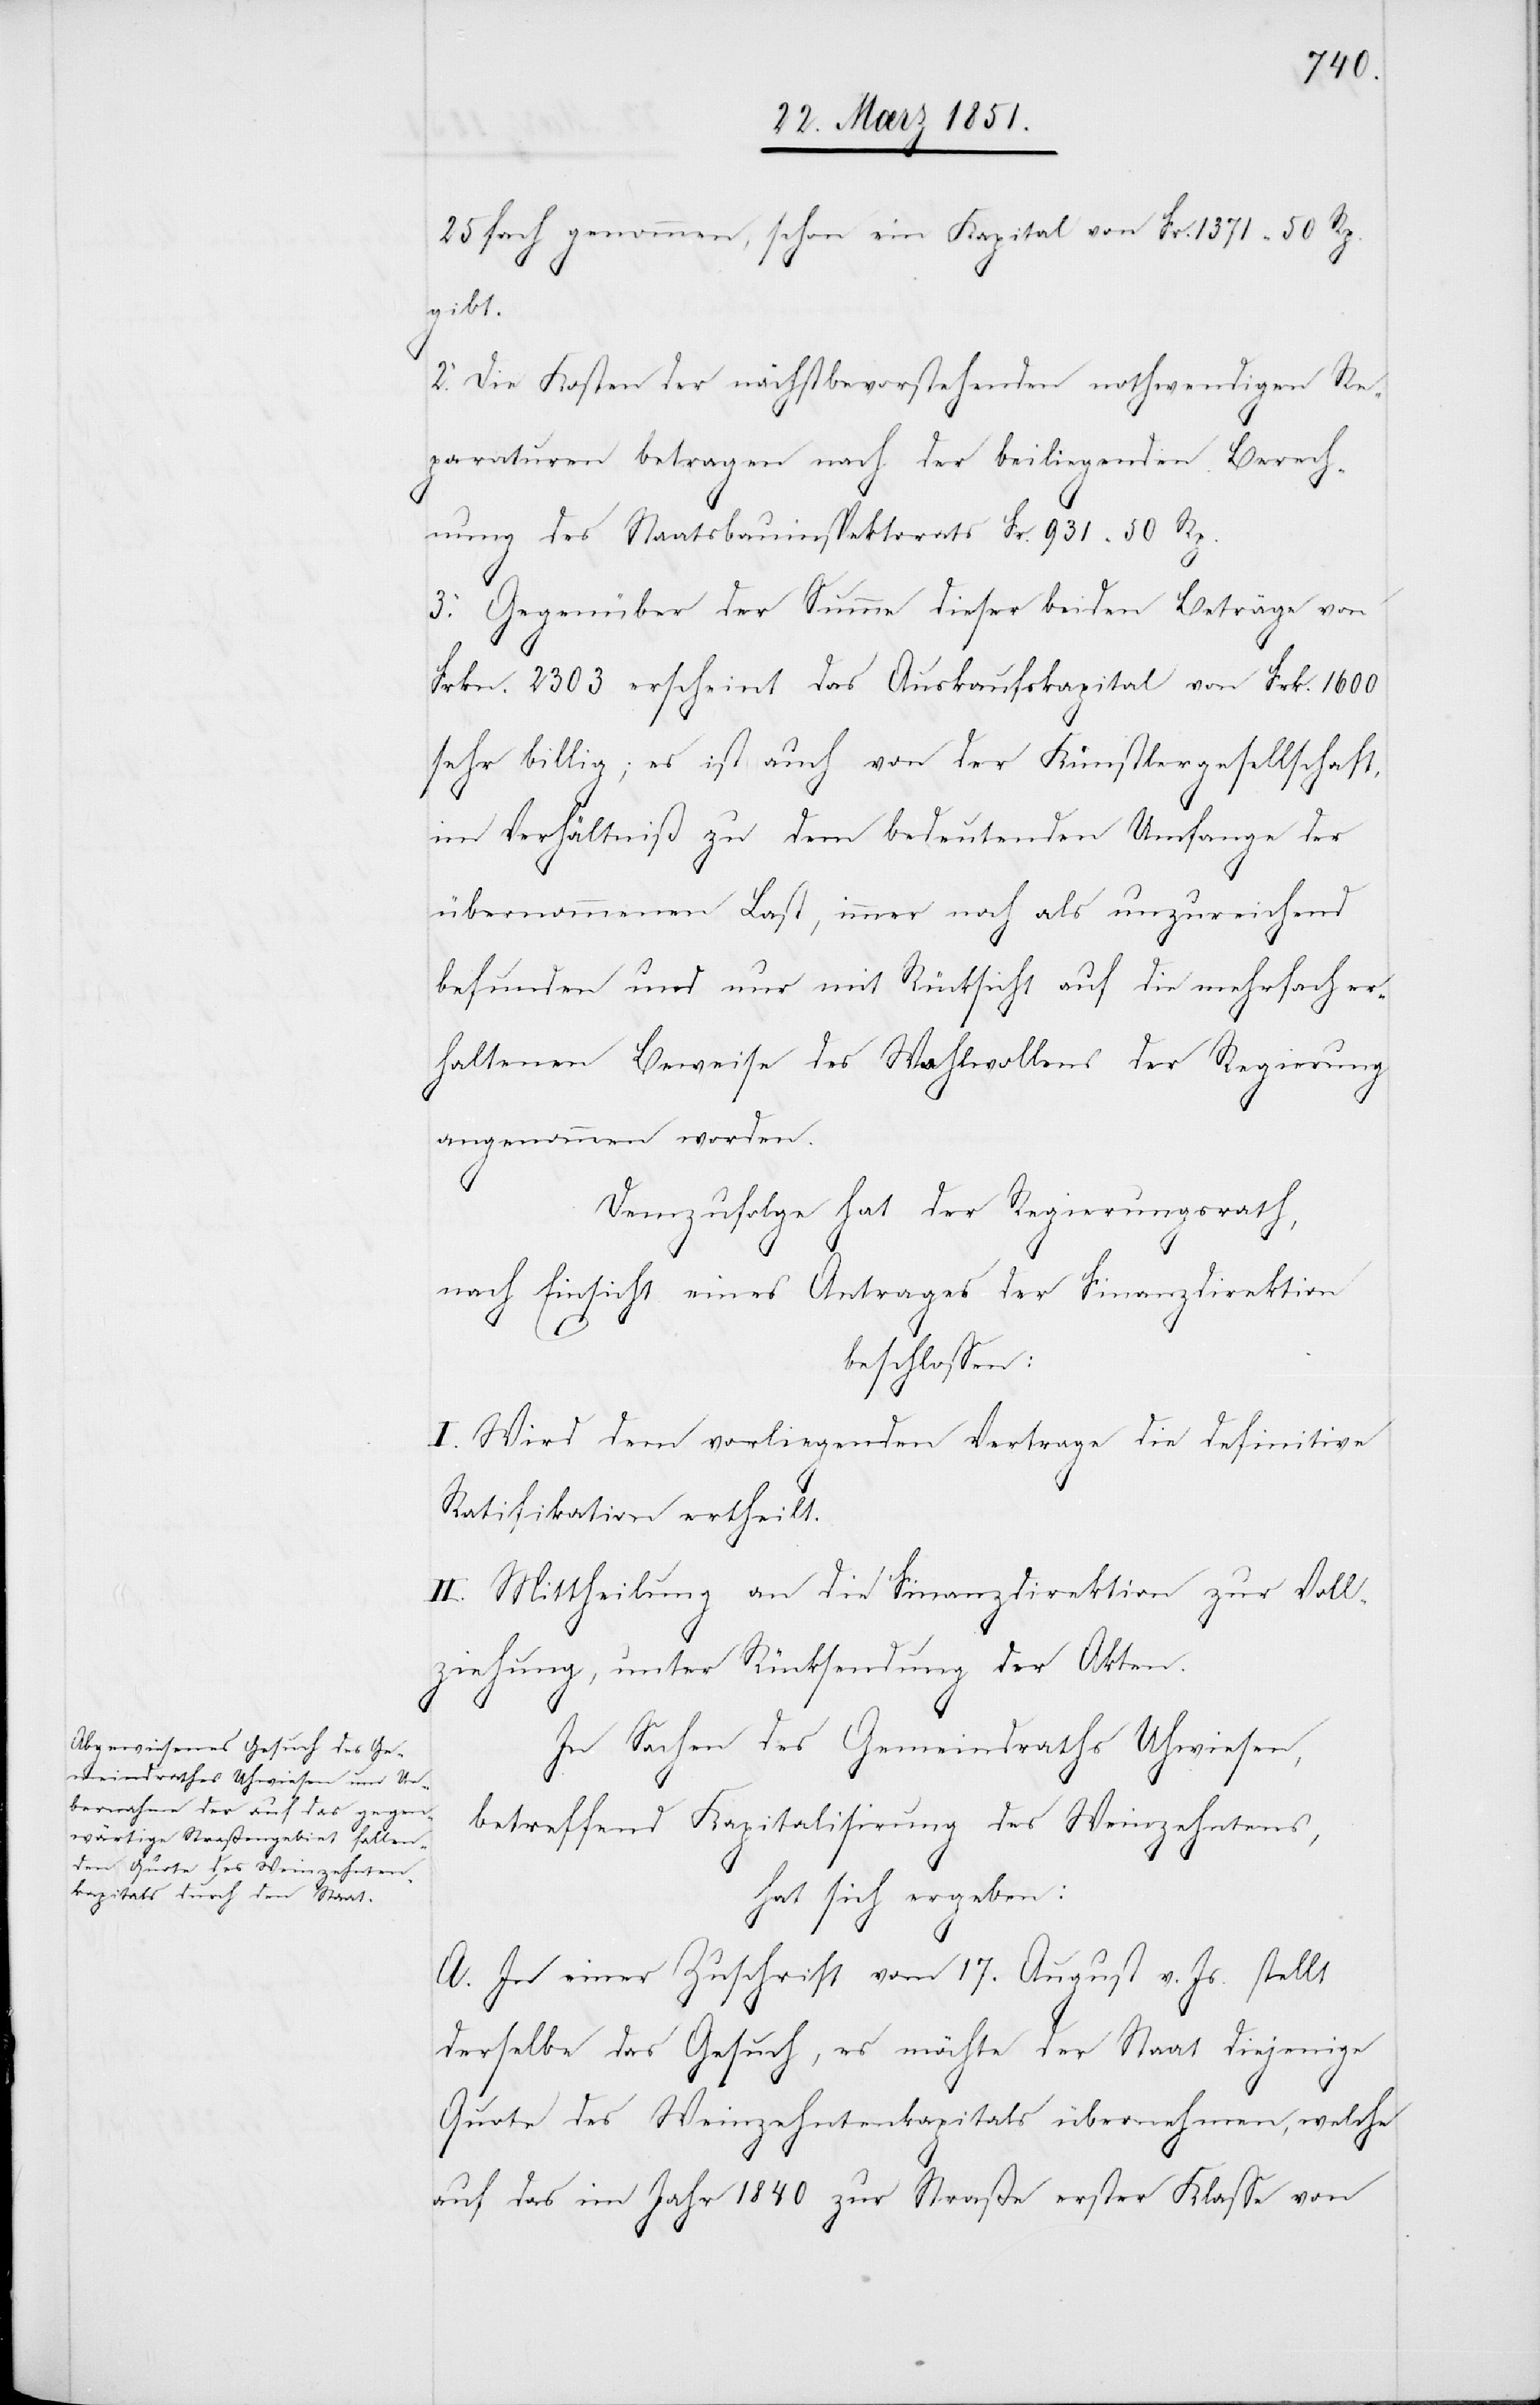
25fach genommen, schon ein Kapital von Fr. 1371 50 Rp.
gibt.
2. Die Kosten der nächstbevorstehenden nothwendigen Re¬
paraturen betragen nach der beiliegenden Berech¬
nung des Staatsbauinspektorats Fr. 931 50 Rp.
3. Gegenüber der Summe dieser beiden Beträge von
Frkn. 2303 erscheint das Auskaufskapital von Frk. 1600
sehr billig; es ist auch von der Künstlergesellschaft,
im Verhältniß zu dem bedeutenden Umfange der
übernommenen Last, immer noch als unzureichend
befunden und nur mit Rücksicht auf die mehrfach er¬
haltenen Beweise des Wohlwollens der Regierung
angenommen worden.
Demzufolge hat der Regierungsrath,
nach Einsicht eines Antrages der Finanzdirektion
beschlossen:
I. Wird dem vorliegenden Vertrage die definitive
Ratifikation ertheilt.
II. Mittheilung an die Finanzdirektion zur Voll¬
ziehung, unter Rücksendung der Akten.
In Sachen des Gemeindraths Uhwiesen,
betreffend Kapitalisirung des Weinzehntens,
hat sich ergeben:
A. In einer Zuschrift vom 17. August v. Js. stellt
derselbe das Gesuch, es möchte der Staat diejenige
Quote des Weinzehntenkapitals übernehmen, welche
auf das im Jahr 1840 zur Straße erster Klasse von